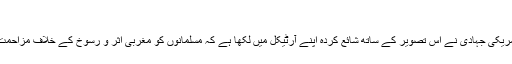
‘‘
ایک نومسلم امریکی جہادی نے اس تصویر کے ساتھ شائع کردہ اپنے آرٹیکل میں لکھا ہے کہ مسلمانوں کو مغربی اثر و رسوخ کے خلاف مزاحمت کرنا چاہیے۔